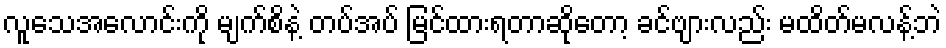
လူသေအလောင်းကို မျက်စိနဲ့ တပ်အပ် မြင်ထားရတာဆိုတော့ ခင်ဗျားလည်း မထိတ်မလန့်ဘဲ